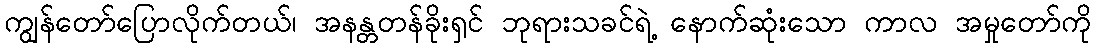
ကျွန်တော်ပြောလိုက်တယ်၊ အနန္တတန်ခိုးရှင် ဘုရားသခင်ရဲ့ နောက်ဆုံးသော ကာလ အမှုတော်ကို